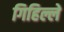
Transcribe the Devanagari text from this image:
गिहिल्ले